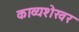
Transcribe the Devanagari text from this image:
काव्यशेखर